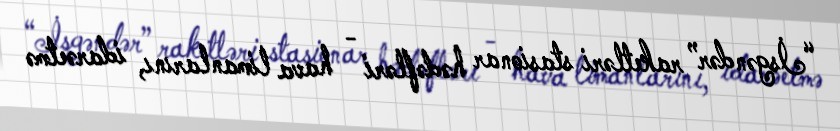
“İsgəndər” raketləri stasionar hədəfləri - hava limanlarını, idarəetmə